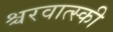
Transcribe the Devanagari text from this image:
श्चरवात्स्की